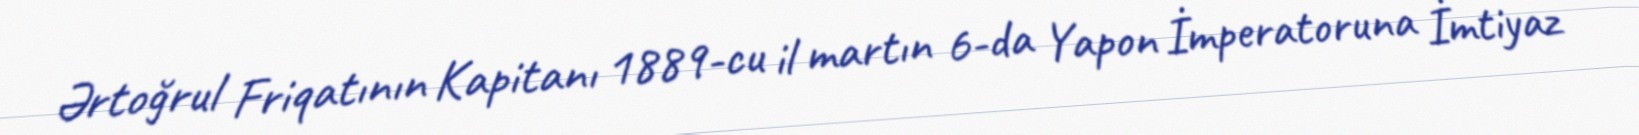
Ərtoğrul Friqatının Kapitanı 1889-cu il martın 6-da Yapon İmperatoruna İmtiyaz